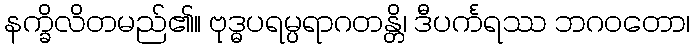
နက္ခိလိတမည်၏။ ဗုဒ္ဓပရမ္ပရာဂတန္တိ၊ ဒီပင်္ကရဿ ဘဂဝတော၊